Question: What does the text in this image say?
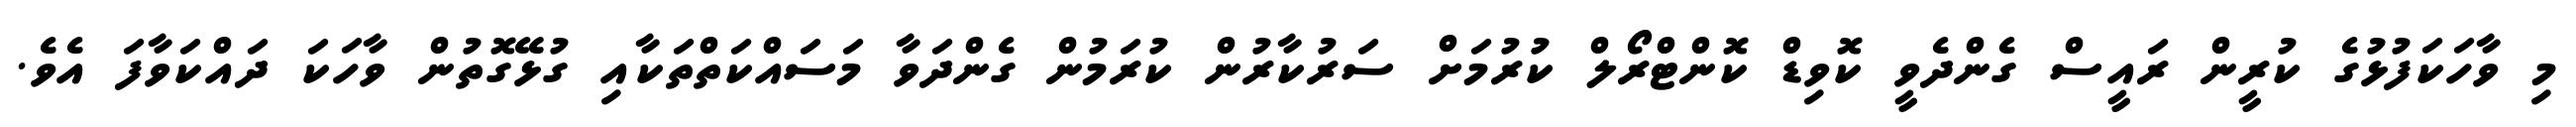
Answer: މި ވާހަކަފުޅުގެ ކުރީން ރައީސް ގެންދެވީ ކޮވިޑް ކޮންޓްރޯލް ކުރުމަށް ސަރުކާރުން ކުރަމުން ގެންދަވާ މަސައްކަތްތަކާއި ގުޅޭގޮތުން ވާހަކަ ދައްކަވާފަ އެވެ.